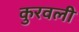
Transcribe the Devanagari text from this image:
कुरवली